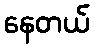
နေတယ်